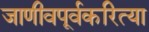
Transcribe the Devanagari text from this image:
जाणीवपूर्वकरित्या